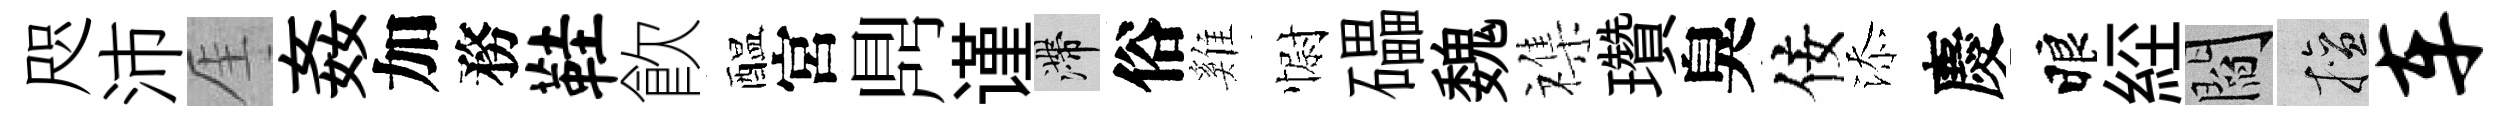
咫沛厓姦加務鞋飮醖宮𪔂谨滯俗雞𢠢礧魏襍瓚臭佞添慶睱𦀇閻擅车